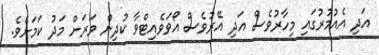
އަދި އެއުމުރުގައި މިހާރުވެސް އަދި އޭރުވެސް އޯވަވެއިޓްވާ ކުދިން ވަރަށް މަދު ކަމަށެވެ.